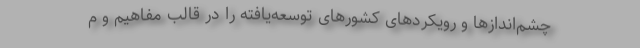
چشم‌اندازها و رویکردهای کشورهای توسعه‌یافته را در قالب مفاهیم و م